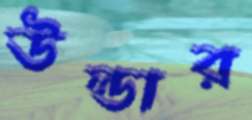
উল্ডার